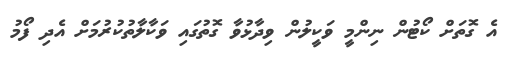
އެ ގޮތަށް ކޯޓުން ނިންމީ ވަކީލުން ވިދާޅުވާ ގޮތުގައި ވަކާލާތުކުރުމަށް އެދި ފޯމު